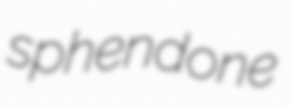
sphendone